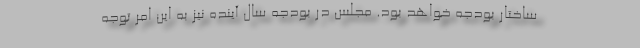
ساختار بودجه خواهد بود. مجلس در بودجه سال آینده نیز به این امر توجه